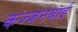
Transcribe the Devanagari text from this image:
कज्जनबाई